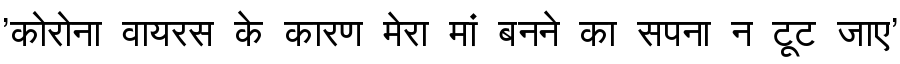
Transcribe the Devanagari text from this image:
'कोरोना वायरस के कारण मेरा मां बनने का सपना न टूट जाए'